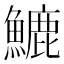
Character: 𩺮